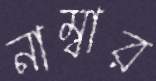
নাম্বার